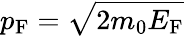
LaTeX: p_{\mathrm{F}}={\sqrt{2m_{0}E_{\mathrm{F}}}}